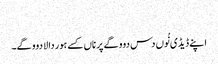
‏
اپنے ڈیڈی نُوں دس دوو گے پر ناں کسے ہور دا لا دوو گے۔